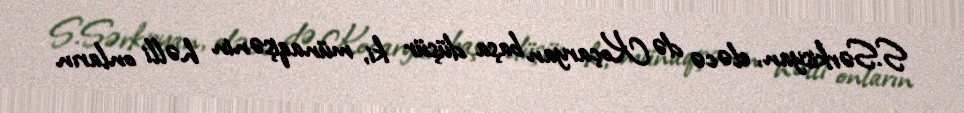
S.Sərkisyan, eləcə də Koçaryan başa düşür ki, münaqişənin həlli onların